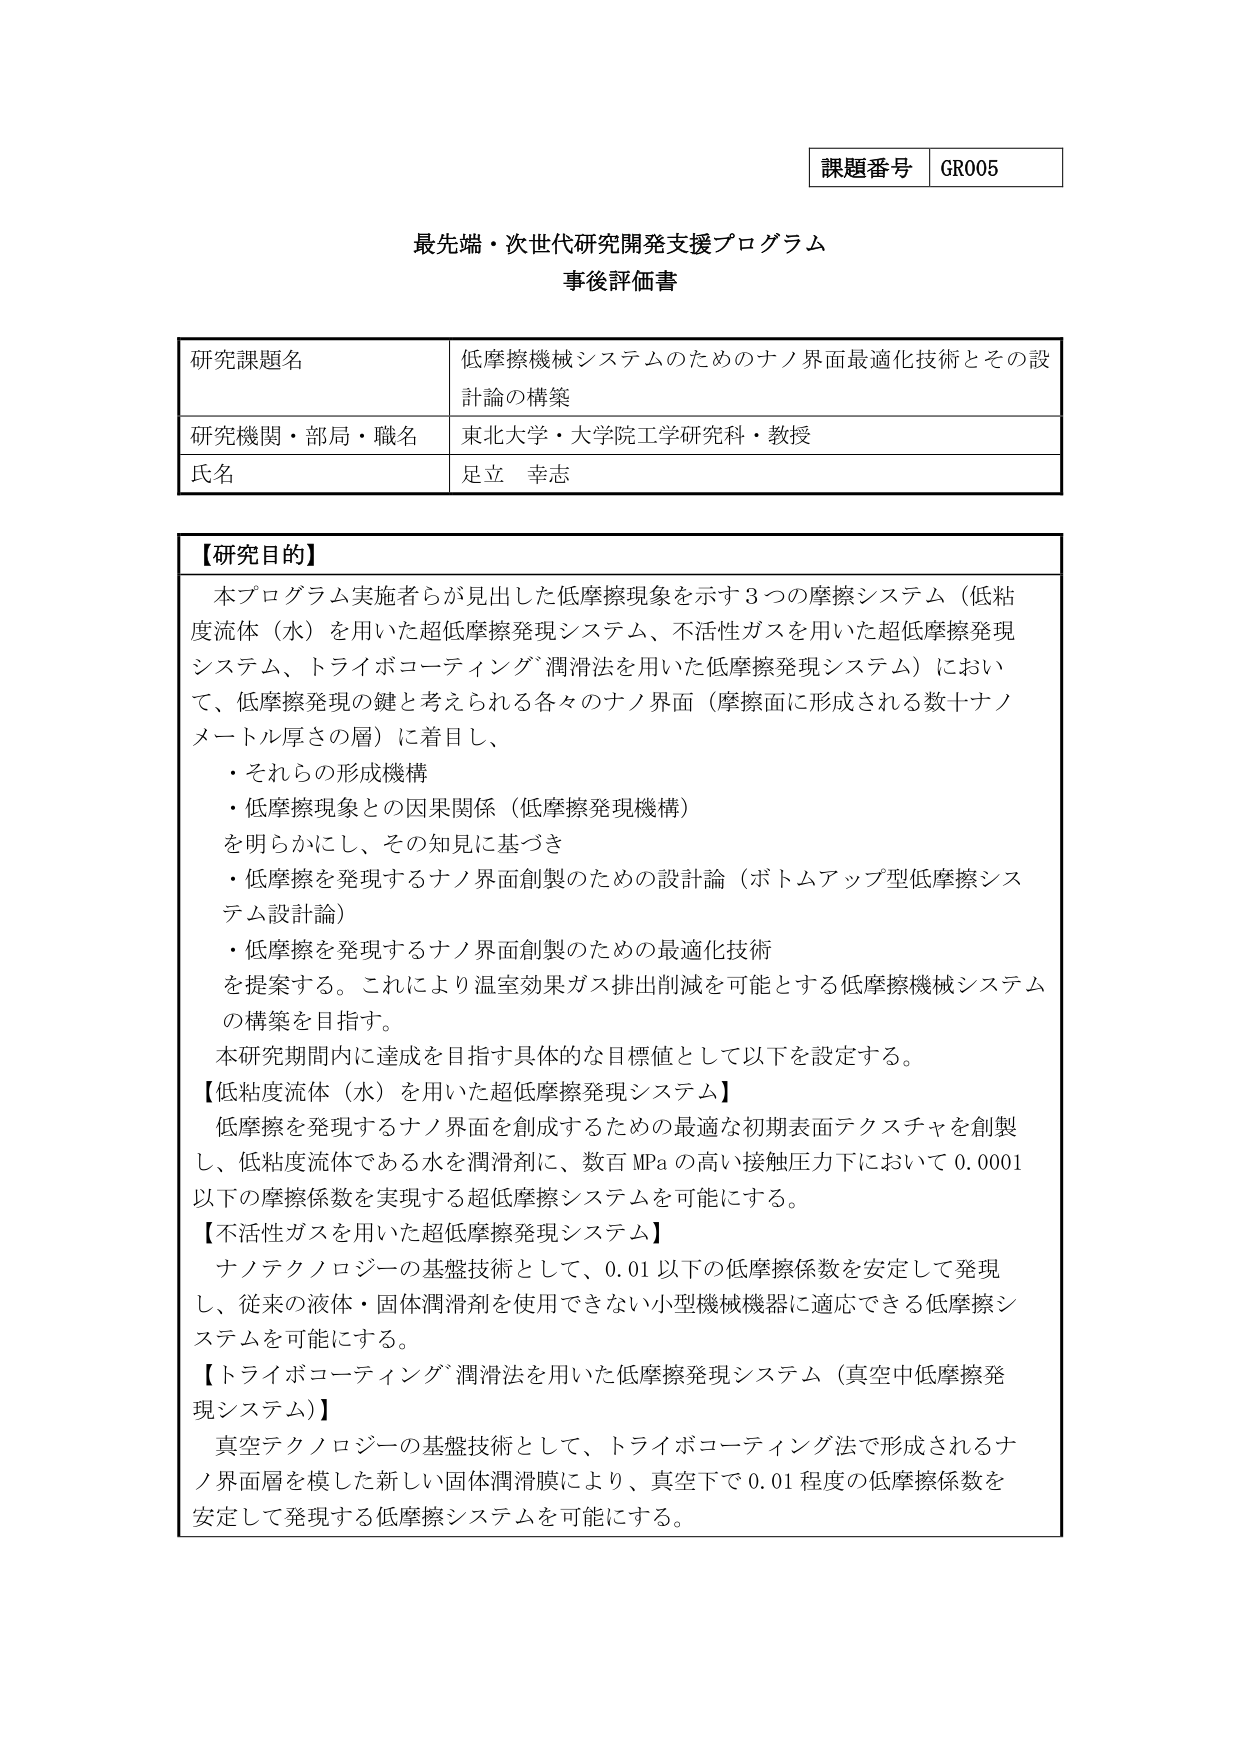
課題番号 GR005

最先端・次世代研究開発支援プログラム
事後評価書

研究課題名 低摩擦機械システムのためのナノ界面最適化技術とその設計論の構築
研究機関・部局・職名 東北大学・大学院工学研究科・教授
氏名 足立 幸志

【研究目的】
本プログラム実施者らが見出した低摩擦現象を示す3つの摩擦システム（低粘度流体（水）を用いた超低摩擦発現システム、不活性ガスを用いた超低摩擦発現システム、トライボコーティング潤滑法を用いた低摩擦発現システム）において、低摩擦発現の鍵と考えられる各々のナノ界面（摩擦面に形成される数十ナノメートル厚さの層）に着目し、
・それらの形成機構
・低摩擦現象との因果関係（低摩擦発現機構）
を明らかにし、その知見に基づき
・低摩擦を発現するナノ界面創製のための設計論（ボトムアップ型低摩擦システム設計論）
・低摩擦を発現するナノ界面創製のための最適化技術
を提案する。これにより温室効果ガス排出削減を可能とする低摩擦機械システムの構築を目指す。
本研究期間内に達成を目指す具体的な目標値として以下を設定する。
【低粘度流体（水）を用いた超低摩擦発現システム】
低摩擦を発現するナノ界面を創成するための最適な初期表面テクスチャを創製し、低粘度流体である水を潤滑剤に、数百MPaの高い接触圧力下において0.0001以下の摩擦係数を実現する超低摩擦システムを可能にする。
【不活性ガスを用いた超低摩擦発現システム】
ナノテクノロジーの基盤技術として、0.01以下の低摩擦係数を安定して発現し、従来の液体・固体潤滑剤を使用できない小型機械機器に適応できる低摩擦システムを可能にする。
【トライボコーティング潤滑法を用いた低摩擦発現システム（真空中低摩擦発現システム）】
真空テクノロジーの基盤技術として、トライボコーティング法で形成されるナノ界面層を模した新しい固体潤滑膜により、真空下で0.01程度の低摩擦係数を安定して発現する低摩擦システムを可能にする。